Leaving Certificate Examination, 1907
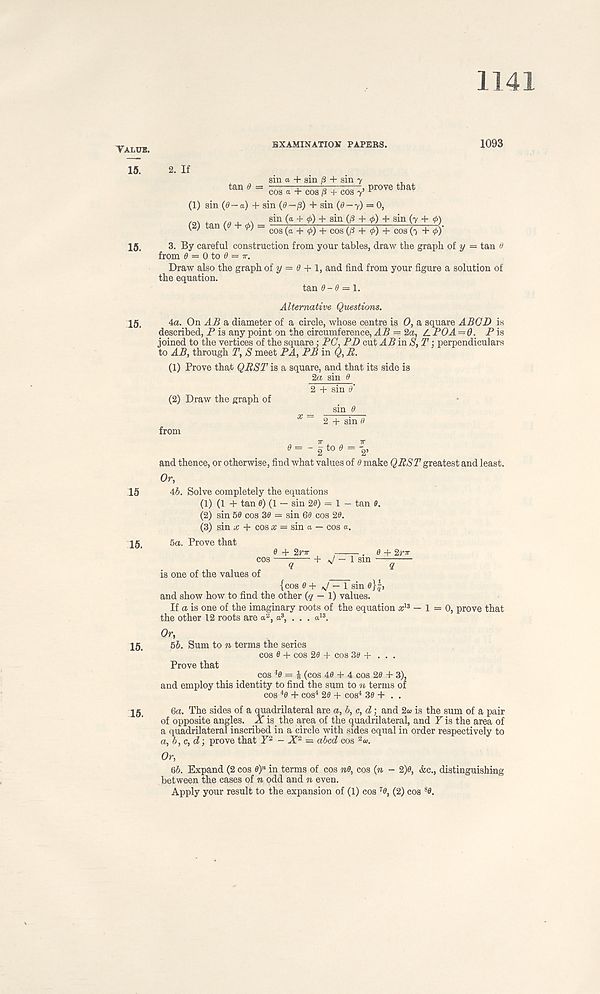
1141
Value.
15.
15.
15.
15
15.
15.
15.
BXAMINATIOUT PAPERS.
1093
. If
—, prove that
COS a + cos ji + COS 7’ J
(1) sin (0-a) + sin (0-j8) + sin (0-7) = 0,
/g\ +QT1
sin (a + 0) + sin (p + </ >) + sin (7 + <t >)
W tan l + ^ - COS (a + 0) + cos (/^ + <P) + cos (-> + 0)'
3. By careful construction from your tables, draw the graph oi y = tan 0
from 0 = 0 to 0 = 7T.
Draw also the graph of y = 0 + 1, and find from your figure a solution of
the equation.
tan 0-0 = 1.
Alternative Questions.
4a. On AB a diameter of a circle, whose centre is 0, a square ABGD is
described, P is any point on the circumference, AB = 2a, LPOA = Q. P is
joined to the vertices of the square: PC, PD cut AB in $, 3^; perpendiculars
to AB, through T, S meet PA, PB in Q, R.
(1) Prove that QRST is a square, and that its side is
2a sin 0
2 + sin 0'
(2) Draw the graph of
2 + sin 0
from
0 — - g to 0 = g,
and thence, or otherwise, find what values of 0 make QRST greatest and least.
Or,
Ah. Solve completely the equations
(1) (1 + tan 0) (1 — sin 20) = 1 - tan 0.
(2) sin 50 cos 30 = sin 60 cos 20.
(3) sin x + cos a; = sin a — cos a.
5a. Prove that
0 + 2r7r + V — 1 sin 0 + 2r7r
is one of the values of {cos 0 + v/ — 1 sin 0}fj
and show how to find the other (q — 1) values.
If a is one of the imaginary roots of the equation a; 13 — 1 = 0, prove that
the other 12 roots are a 2 , a 3 , . . . a 13 .
Or,
5b. Sum to n terms the series
cos 0 + cos 20 + cos 30 + ...
Prove that
cos 4 0 = 4 (cos 40 + 4 cos 20 + 3),
and employ this identity to find the sum to n terms of
cos 4 0 + cos 4 20 + cos 4 30 + . .
6a. The sides of a quadrilateral are a, b,c,d; and 2&> is the sum of a pair
of opposite angles. X is_ the area of the quadrilateral, and Y is the area of
a quadrilateral inscribed in a circle with sides equal in order respectively to
a, b,c,d-, prove that Y 2 - X 2 = abed cos 2 <».
Or,
5b. Expand (2 cos 0)“ in terms of cos no, cos {n - 2)0, &c., distinguishing
between the cases of n odd and n even.
Apply your result to the expansion of (1) cos 7 0, (2) cos 8 0.